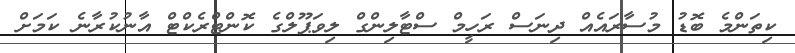
ކިތަންމެ ބޮޑު މުސާރައެއް ދިނަސް ރަހީމް ސްޓާލިންގް ލިވަޕޫލްގެ ކޮންޓްރެކްޓް އާނުކުރާނެ ކަމަށް